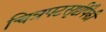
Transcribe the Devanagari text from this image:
चित्रपटसृष्टींपैकी